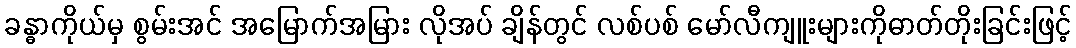
ခန္ဓာကိုယ်မှ စွမ်းအင် အမြောက်အမြား လိုအပ် ချိန်တွင် လစ်ပစ် မော်လီကျူးများကိုဓာတ်တိုးခြင်းဖြင့်